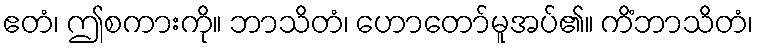
ဧတံ၊ ဤစကားကို။ ဘာသိတံ၊ ဟောတော်မူအပ်၏။ ကိံဘာသိတံ၊